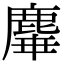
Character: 𪊩